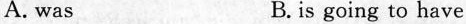
A. was B. is going to have